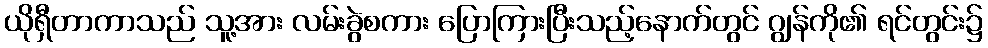
ယိုရှီတာကာသည် သူ့အား လမ်းခွဲစကား ပြောကြားပြီးသည့်နောက်တွင် ဂျွန်ကို၏ ရင်တွင်း၌